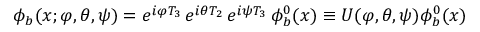
\phi _ { b } ( x ; \varphi , \theta , \psi ) = e ^ { i \varphi T _ { 3 } } \, e ^ { i \theta T _ { 2 } } \, e ^ { i \psi T _ { 3 } } \, \phi _ { b } ^ { 0 } ( x ) \equiv U ( \varphi , \theta , \psi ) \phi _ { b } ^ { 0 } ( x )